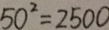
5 0 ^ { 2 } = 2 5 0 0